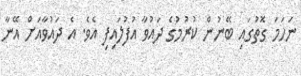
ނަހަމަ ގޮތުގައި ބޭނުން ކުރުމުގެ ދައުވާ އުފުލައިފި އެވެ. އެ ދައުވާއަށް އޭނާ